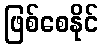
ဖြစ်စေနိုင်